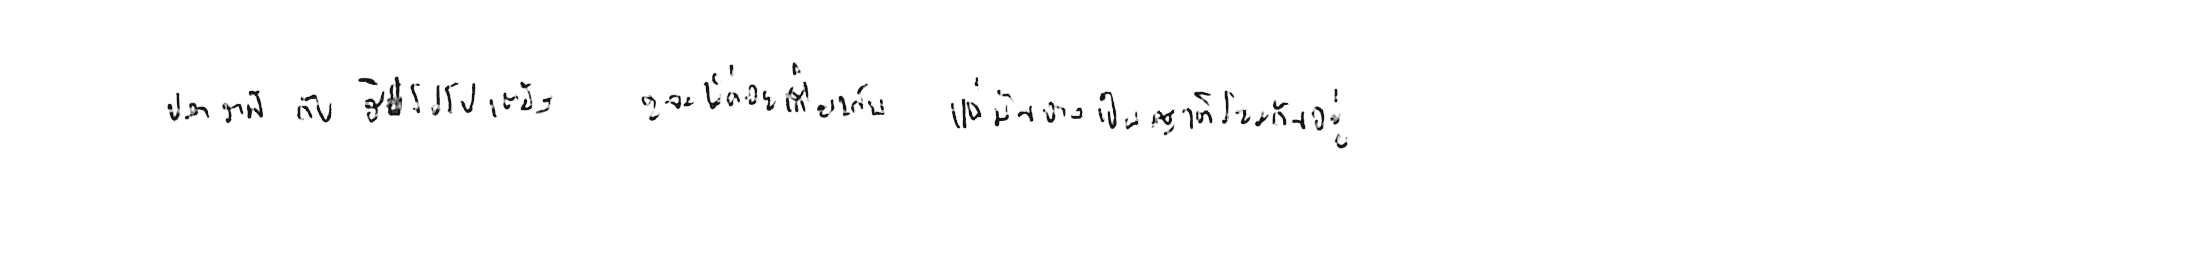
ปลาวาฬ กับ ฮิปโปโปเตมัส ดูจะไม่ค่อยเกี่ยวกัน แต่มันอาจเป็นญาติโยมกันอยู่